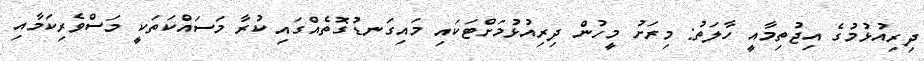
ދިރިއުޅުމުގެ އިޖުތިމާއީ ހާލަތު: މިރަށު މީހުން ދިރިއުޅުމަށްޓަކައި މައިގަނޑުގޮތެއްގައި ކުރާ މަސައްކަތަކީ މަސްވެރިކަމާއި